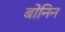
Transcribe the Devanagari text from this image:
बोनिन